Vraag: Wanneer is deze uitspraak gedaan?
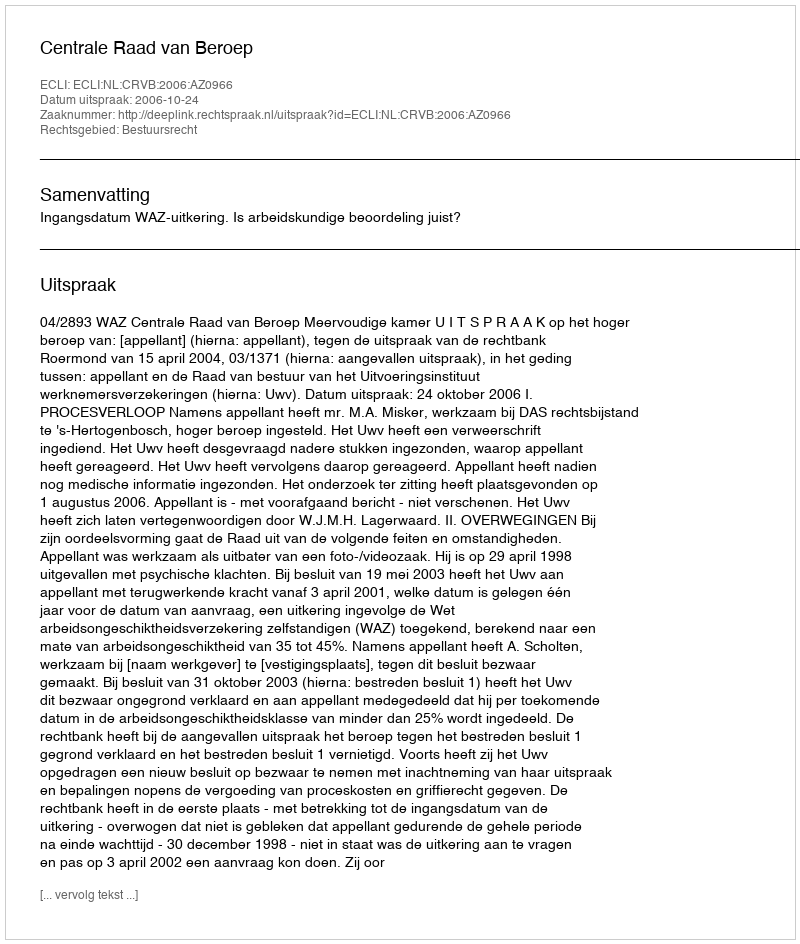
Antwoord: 2006-10-24